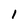
Character: i